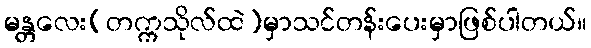
မန္တလေး(တက္ကသိုလ်ထဲ)မှာသင်တန်းပေးမှာဖြစ်ပါတယ်။